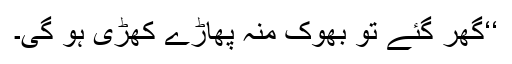
‘‘گھر گئے تو بھوک منہ پھاڑے کھڑی ہو گی۔